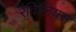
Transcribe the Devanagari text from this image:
रैविलियस